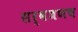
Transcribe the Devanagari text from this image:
सर्वजणच